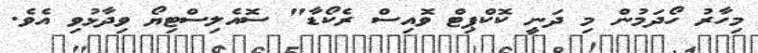
މިހާރު ހޯދަމުން މި ދަނީ ކޮކްޕިޓް ވޮއިސް ރެކޯޑާ" ސޮއެލިސްޓިޔޯ ވިދާޅުވި އެވެ.